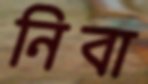
নিবা